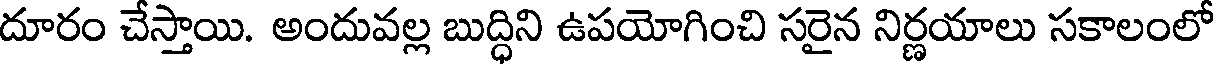
దూరం చేస్తాయి. అందువల్ల బుద్ధిని ఉపయోగించి సరైన నిర్ణయాలు సకాలంలో